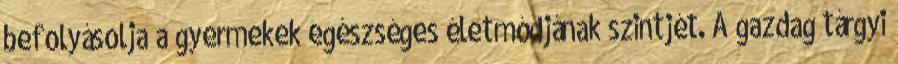
befolyásolja a gyermekek egészséges életmódjának szintjét. A gazdag tárgyi